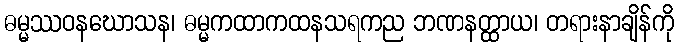
ဓမ္မဿဝနဃောသန၊ ဓမ္မကထာကထနသရကည ဘဏနတ္ထာယ၊ တရားနာချိန်ကို